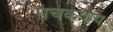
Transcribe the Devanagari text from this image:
पंचकषाय